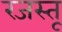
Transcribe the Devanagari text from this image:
रजस्तू